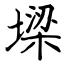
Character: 墚